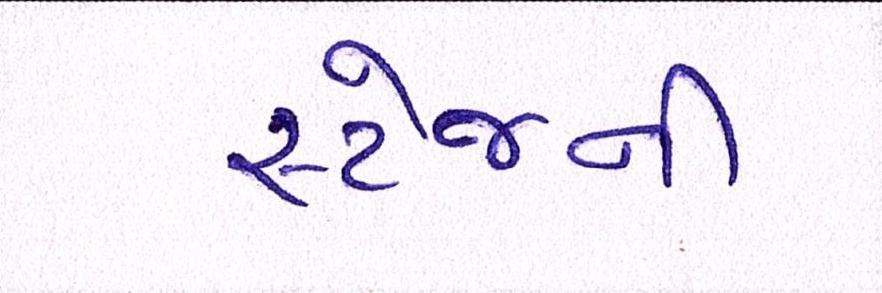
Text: સ્ટેજની